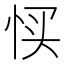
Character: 𢙑